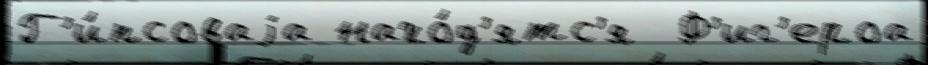
Г'и́псоваjа нахо́д'ятс'я  Ф'иг'ероа